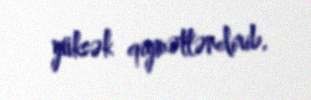
yüksək qiymətləndirib.